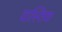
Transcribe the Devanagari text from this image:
वास्तिक